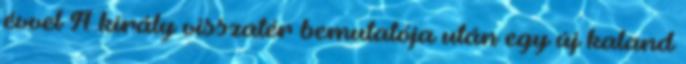
évvel A király visszatér bemutatója után egy új kaland